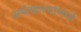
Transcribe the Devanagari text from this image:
अर्थखात्यांमध्ये